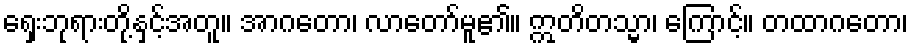
ရှေးဘုရားတို့နှင့်အတူ။ အာဂတော၊ လာတော်မူ၏။ ဣတိတသ္မာ၊ ကြောင့်။ တထာဂတော၊